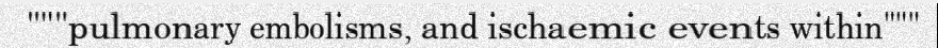
"""pulmonary embolisms, and ischaemic events within"""